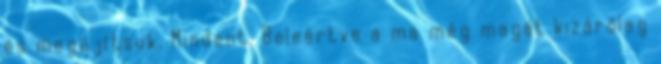
és megújítsuk. Mindent. Beleértve a ma még magát kizárólag